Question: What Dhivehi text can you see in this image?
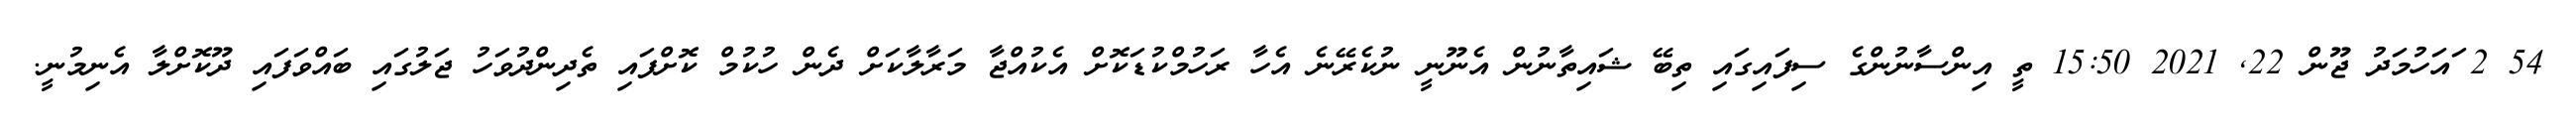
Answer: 54 2 ައަހުމަދު ޖޫން 22, 2021 15:50 ތީ އިންސާނުންގެ ސިފައިގައި ތިބޭ ޝައިތާނުން އެނޫނީ ނުކެރޭނެ އެހާ ރަހުމްކުޑަކޮށް އެކުއްޖާ މަރާލާކަށް ދެން ހުކުމް ކޮށްފައި ތެދިންދުވަހު ޖަލުގައި ބައްވަފައި ދޫކޮށްލާ އެނިމުނީ.